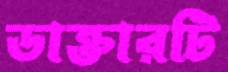
ডাক্তারটি